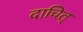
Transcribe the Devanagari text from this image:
दाचित्